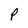
Character: P